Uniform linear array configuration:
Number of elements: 16
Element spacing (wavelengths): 1
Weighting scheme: hamming
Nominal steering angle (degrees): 60
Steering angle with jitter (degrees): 58.072
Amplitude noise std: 0.05
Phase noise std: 0.05

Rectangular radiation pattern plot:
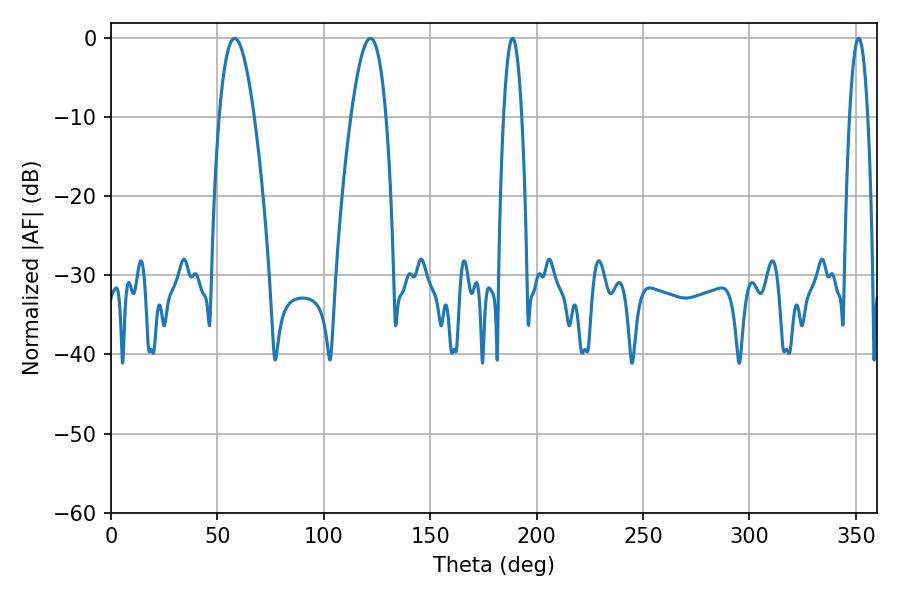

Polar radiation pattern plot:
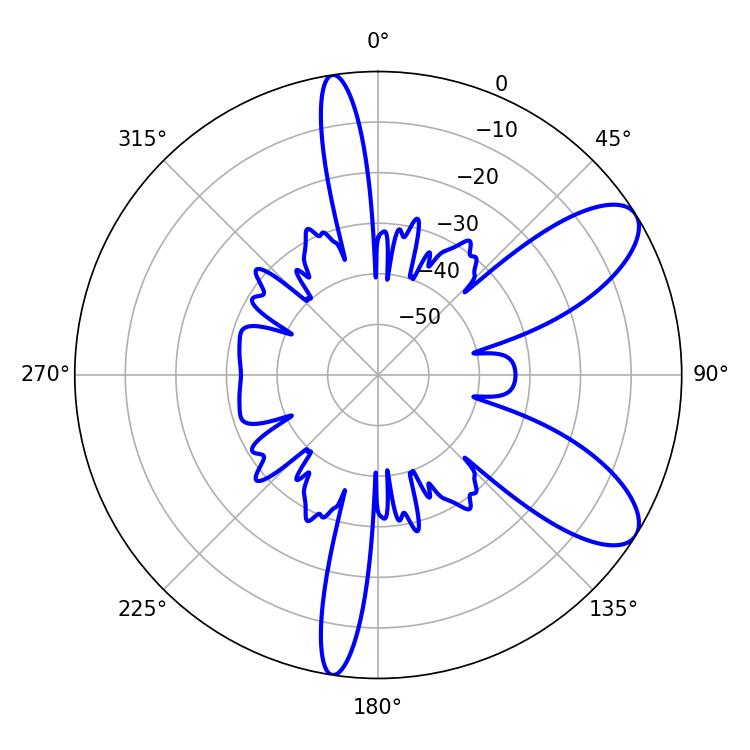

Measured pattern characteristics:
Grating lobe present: TRUE
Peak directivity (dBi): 8.831
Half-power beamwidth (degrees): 9
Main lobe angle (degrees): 58.14